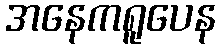
အနေကရူပေန